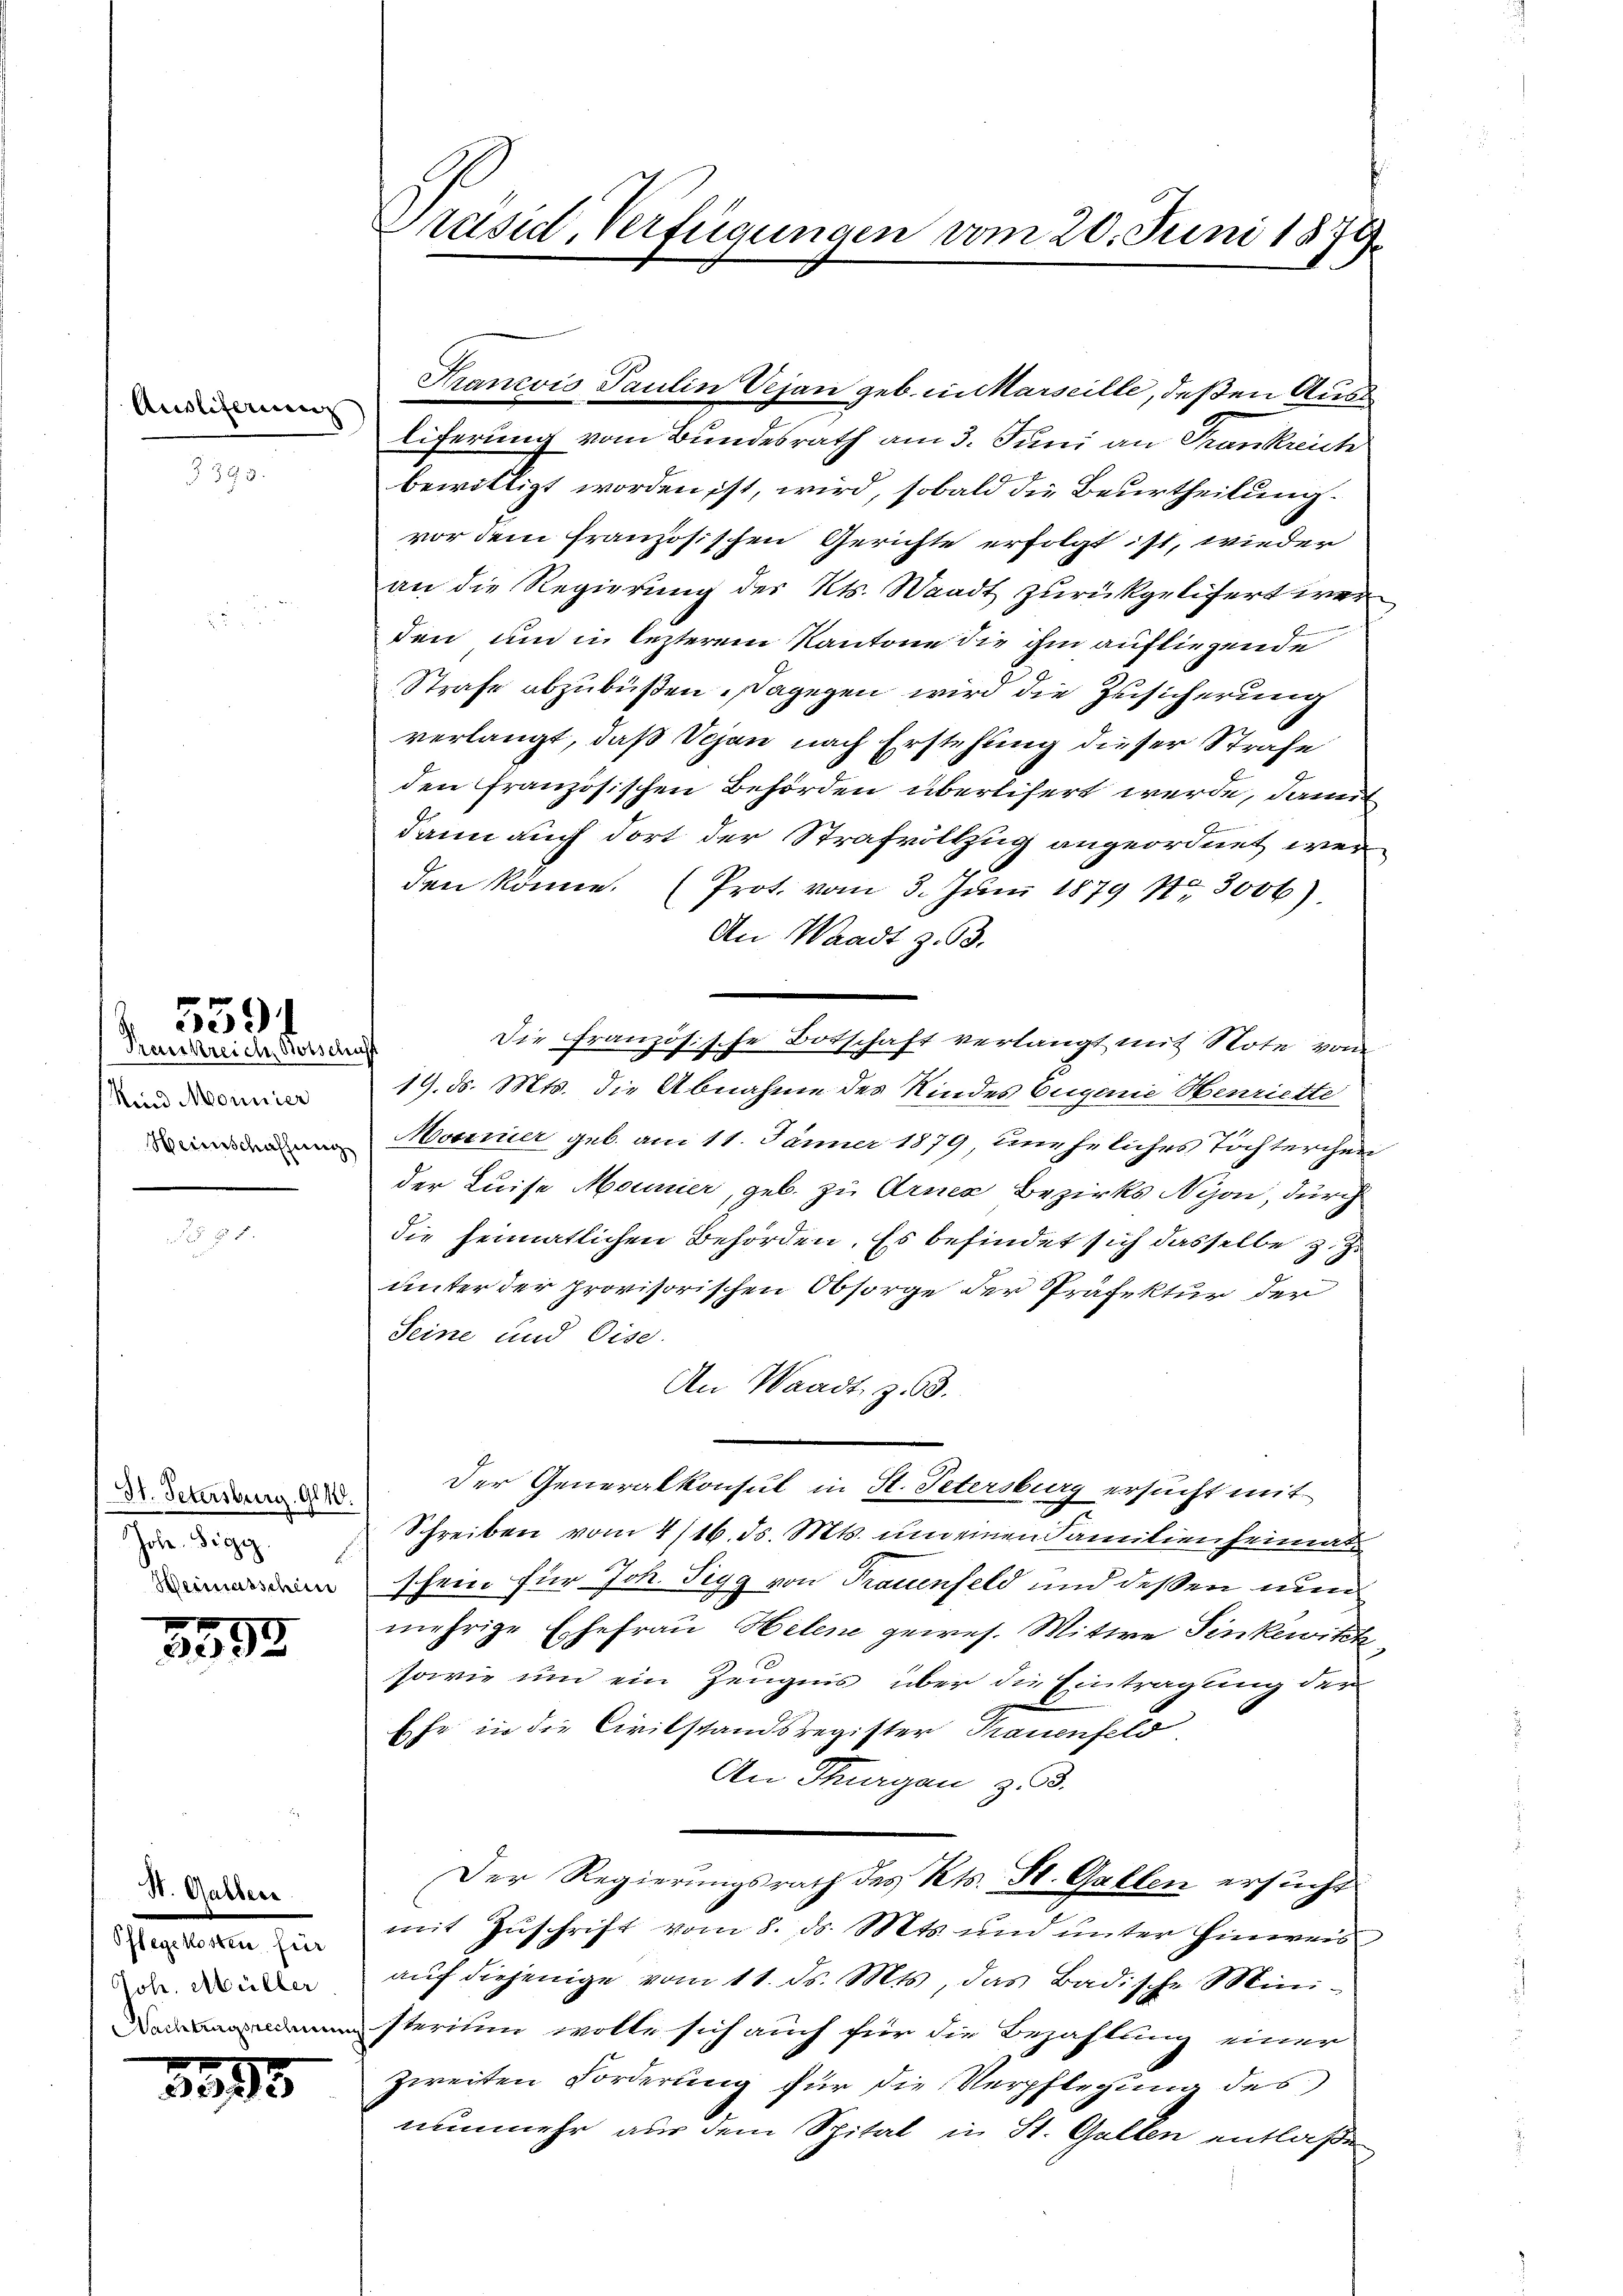
Ausli

Kind Monnier
Herinschaffung

559.
Frouskreich Botschen

St. Petersburg. 118.
Johe. Sigg
Weimatschein

5592

St. Galler
Pflegekosten für
Joh. Müller
Nachtragsrechnun

3595

Präsid, Verfügungen vom 20. Juni 1873.

Francois Paulin Vejan geb. in Marseille, deßen Ausliferung vom Bundesrath am 3. Juni an Trankreich
bewilligt worden ist, wird, sobald die Beurtheilung.
vor dem französischen Gerichte erfolgt ist, wieder
an die Regierung des Kts. Waadt zurückgelifert wer
den und in lezterem Kantone die ihm aufliegende
Strafe abzubüßen. Dagegen wird die Zusicherung
verlangt, daß Vejan nach Erstehung dieser Strafe
den französischen Behörden überlisert werde, damit
dann auch dort der Strafvollzug angeordnet wer
den könne. (Prot. vom 3. Juni 1879 103006)
An Waadt z. 63.
Die Französische Botschaft verlangt mit Note von
19. d. Mts. die Abnahme des Kindes Eugenie Henriette
Moserier geb. am 11. Jänner 1879, uneheliches Töchterchen
der Luise Mounier, geb. zu Arnez Bezirks Nyon, durch
die heimatlichen Behörden. Es befindet sich dasselbe z. Z.
unter der provisorischen Obsorge der Präfektur der
Seine und Eise
An Waadt, z. 63.
Der Generalkonsul in St. Petersburg ersucht mit
Schreiben vom 4/16. ds. Mts. und einen Familienheimat
schein für Joh. Sigg von Trauenfeld und deßen nun
mehrige Ehefrau Helene gewes. Witwe Sinkewith
sowie um ein Zeugnis über die Eintragung der
Ehe in die Civilstandsregister Frauenfeld
An Thurgau zu.
Der Regierungsrath des Kts. St. Gallen ersucht
mit Zuschrift vom 8. ds. Mts. und unter Hinweis
auf diejenige vom 11. ds. Mts, das Badische Ministerium wolle sich auch für die Bezahlung einer
zweiten Forderung für die Verpflegung des
nunmehr aus dem Spital in St. Gallen entlaßen